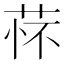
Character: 𬜸